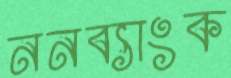
ননব্যাংক